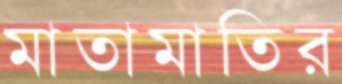
মাতামাতির